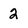
Character: 2